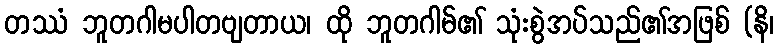
တဿံ ဘူတဂါမပါတဗျတာယ၊ ထို ဘူတဂါမ်၏ သုံးစွဲအပ်သည်၏အဖြစ် (နိ၊